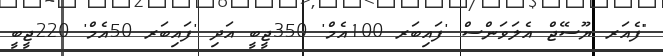
"ފެއަރ ޔޫސޭޖް އެލަވަންސް 'ފައިބަރ 100އެމް' 350ޖީބީ އަދި 'ފައިބަރ 50އެމް' 220ޖީބީ